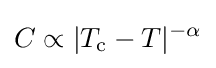
C\propto |T_{\text{c}}-T|^{-\alpha }